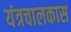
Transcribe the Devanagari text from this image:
यंत्रचालकास